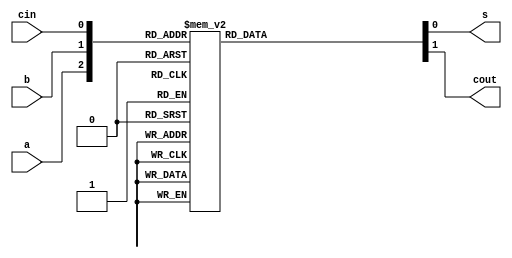
//	Behavioral Model
module full_adder
(
			input a, b, cin,
			output reg s, cout
);

always@(a or b or cin)
begin
			case({a, b, cin})
			3'b000:		begin s = 0; cout = 0; end
			3'b001:		begin s = 1; cout = 0; end
			3'b010:		begin s = 1; cout = 0; end
			3'b011:		begin s = 0; cout = 1; end
			3'b100:		begin s = 1; cout = 0; end
			3'b101:		begin s = 0; cout = 1; end
			3'b110:		begin s = 0; cout = 1; end
			3'b111:		begin s = 1; cout = 1; end
			default:	begin s = 0; cout = 0; end
			endcase
end
endmodule